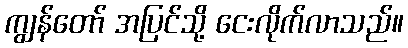
ကျွန်တော် အပြင်သို့ ငေးလိုက်လာသည်။